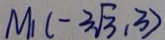
M _ { 1 } ( - 3 \sqrt { 3 } , 3 )